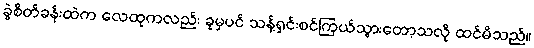
ခွဲစိတ်ခန်းထဲက လေထုကလည်း ခုမှပင် သန့်ရှင်းစင်ကြယ်သွားတော့သလို ထင်မိသည်။